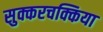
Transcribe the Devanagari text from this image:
सुक्करचक्किया